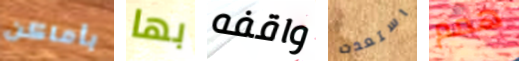
بأماكن بها واقفه استعدت همم